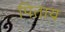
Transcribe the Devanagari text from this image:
पिताय